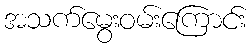
အသက်မွေးဝမ်းကြောင်း